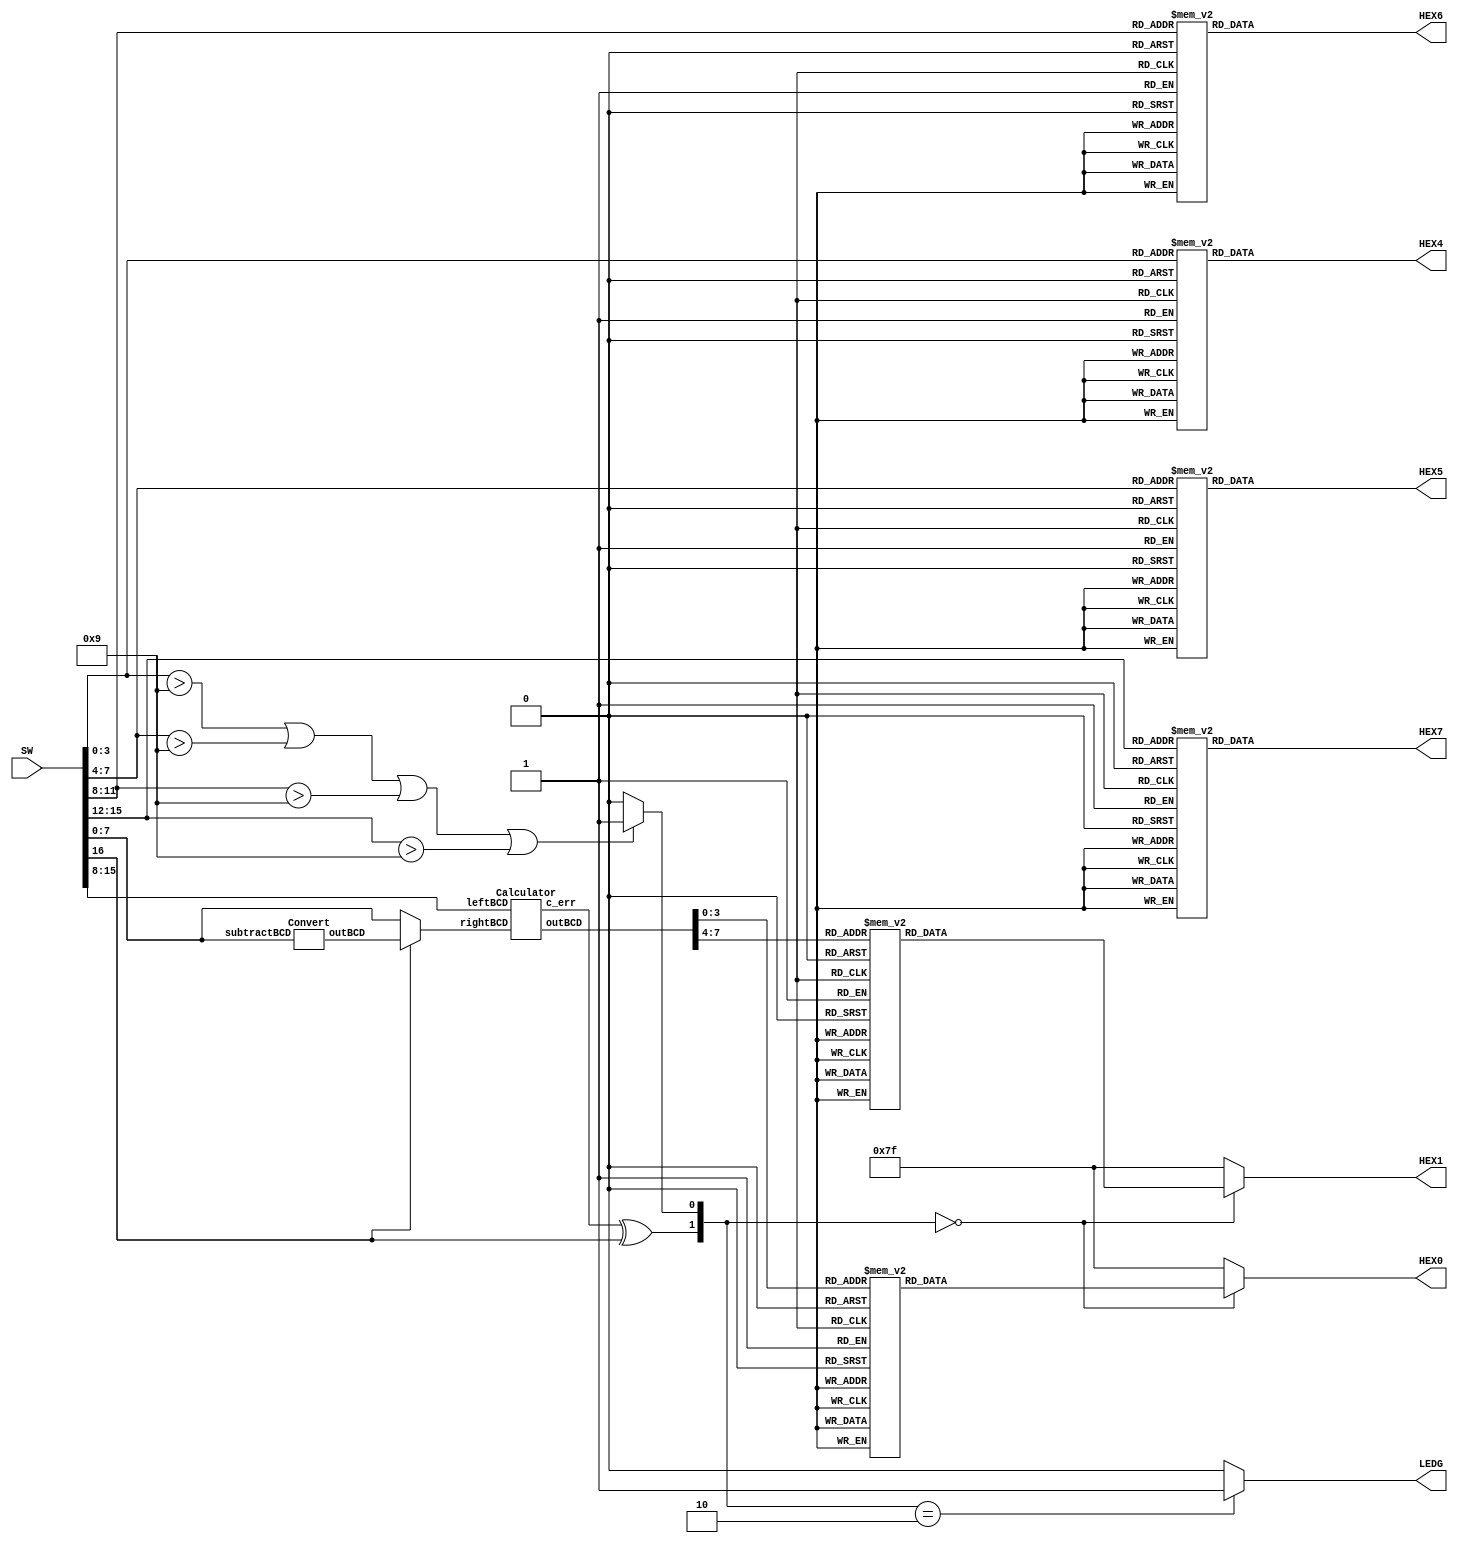
module Term_BCDcal(SW, HEX0, HEX1, HEX4, HEX5, HEX6, HEX7, LEDG);

	input [16:0] SW; // 16: mode select, 15:8: left num, 7:0: right num, 
	output reg [0:6] HEX0, HEX1; // output segment
	output reg [0:6] HEX4, HEX5; // right segment
	output reg [0:6] HEX6, HEX7; // left segment
	output reg [8:8] LEDG; // error
	
	// constant values
	parameter Seg9 = 7'b000_1100; parameter Seg8 = 7'b000_0000; parameter Seg7 = 7'b000_1111; parameter Seg6 = 7'b010_0000; parameter Seg5 = 7'b010_0100;
	parameter Seg4 = 7'b100_1100; parameter Seg3 = 7'b000_0110; parameter Seg2 = 7'b001_0010; parameter Seg1 = 7'b100_1111; parameter Seg0 = 7'b000_0001;
	parameter SegErr = 7'b111_1111;
	
	reg [7:0] left, right; // numbers to calculate
	wire [7:0] out;
	wire [7:0] conv_right;
	wire cal_err; // carry when calculating
	reg num_err; // error of BCD input
	
	Convert conv (conv_right, SW[7:0]);
	Calculator cal (out, left, right, cal_err);
	
	// setting values
	always@(*)
	begin
		left = SW[15:8];
		case(SW[16])
			1'b1: right = conv_right; // if operator is minus, make right number converted
			default: right = SW[7:0];
		endcase
	end
	
	// to detect error of BCD input
	always@(*)
	begin
		if (SW[3:0] > 9 || SW[7:4] > 9 || SW[11:8] > 9 || SW[15:12] > 9)
			num_err = 1'b1;
		else num_err = 1'b0;
	end
	
	// show variables to segment
	always@(*)
	begin
		case({cal_err ^ SW[16], num_err}) // invalid BCD, overflow/underflow detection
			2'b00: begin
				case(out[3:0]) // out segment
					9:HEX0=Seg9;	8:HEX0=Seg8;	7:HEX0=Seg7;	6:HEX0=Seg6;
					5:HEX0=Seg5;	4:HEX0=Seg4;	3:HEX0=Seg3;	2:HEX0=Seg2;			
					1:HEX0=Seg1;	0:HEX0=Seg0;	default: HEX0 = SegErr;
				endcase
				case(out[7:4])
					9:HEX1=Seg9;	8:HEX1=Seg8;	7:HEX1=Seg7;	6:HEX1=Seg6;
					5:HEX1=Seg5;	4:HEX1=Seg4;	3:HEX1=Seg3;	2:HEX1=Seg2;			
					1:HEX1=Seg1;	0:HEX1=Seg0;	default: HEX1 = SegErr;
				endcase
				LEDG[8] = 1'b0;
			end
			2'b10: begin // overflow/underflow error
				HEX0 = SegErr;
				HEX1 = SegErr;
				LEDG[8] = 1'b1;
			end
			default: begin // invalid BCD error
				HEX0 = SegErr;
				HEX1 = SegErr;
				LEDG[8] = 1'b0;
			end
		endcase
		case(SW[3:0]) // right segment
			9:HEX4=Seg9;    8:HEX4=Seg8;	7:HEX4=Seg7;	6:HEX4=Seg6;
			5:HEX4=Seg5;	4:HEX4=Seg4;	3:HEX4=Seg3;	2:HEX4=Seg2;
			1:HEX4=Seg1;	0:HEX4=Seg0;  	default: HEX4 = SegErr;
		endcase
		case(SW[7:4])
			9:HEX5=Seg9;	8:HEX5=Seg8;	7:HEX5=Seg7;	6:HEX5=Seg6;
			5:HEX5=Seg5;	4:HEX5=Seg4;	3:HEX5=Seg3;	2:HEX5=Seg2;
			1:HEX5=Seg1;	0:HEX5=Seg0;	default: HEX5 = SegErr;
		endcase
		case(SW[11:8]) // left segment
			9:HEX6=Seg9;	8:HEX6=Seg8;	7:HEX6=Seg7;	6:HEX6=Seg6;
			5:HEX6=Seg5;	4:HEX6=Seg4;	3:HEX6=Seg3;	2:HEX6=Seg2;			
			1:HEX6=Seg1;	0:HEX6=Seg0;	default: HEX6 = SegErr;
		endcase
		case(SW[15:12])
			9:HEX7=Seg9;	8:HEX7=Seg8;	7:HEX7=Seg7;	6:HEX7=Seg6;
			5:HEX7=Seg5;	4:HEX7=Seg4;	3:HEX7=Seg3;	2:HEX7=Seg2;			
			1:HEX7=Seg1;	0:HEX7=Seg0;	default: HEX7 = SegErr;
		endcase
	end
	
endmodule

// calculate whatever it is
module Calculator(outBCD, leftBCD, rightBCD, c_err);

	input [7:0] leftBCD, rightBCD;
	output [7:0] outBCD;
	output wire c_err; // if this is 1'b1, return overflow/underflow error
	wire c_out0;
	
	Full_Adder fulladd1(outBCD[3:0], c_out0, leftBCD[3:0], rightBCD[3:0], 1'b0);
	Full_Adder fulladd2(outBCD[7:4], c_err, leftBCD[7:4], rightBCD[7:4], c_out0);
	
endmodule

// 4 bit adder
module Full_Adder(sumBCD, c_out, leftBCD, rightBCD, c_in);

	input [3:0] leftBCD, rightBCD;
	input c_in;
	output reg [3:0] sumBCD;
	output reg c_out;
	wire [3:0] car; // carry
	wire [3:0] temp_out;
	
	assign temp_out[0] = leftBCD[0] ^ rightBCD[0] ^ c_in;
	assign car[0] = ((leftBCD[0] ^ rightBCD[0]) & c_in) | (leftBCD[0] & rightBCD[0]);
	
	assign temp_out[1] = leftBCD[1] ^ rightBCD[1] ^ car[0];
	assign car[1] = ((leftBCD[1] ^ rightBCD[1]) & car[0]) | (leftBCD[1] & rightBCD[1]);
	
	assign temp_out[2] = leftBCD[2] ^ rightBCD[2] ^ car[1];
	assign car[2] = ((leftBCD[2] ^ rightBCD[2]) & car[1]) | (leftBCD[2] & rightBCD[2]);
	
	assign temp_out[3] = leftBCD[3] ^ rightBCD[3] ^ car[2];
	assign car[3] = ((leftBCD[3] ^ rightBCD[3]) & car[2]) | (leftBCD[3] & rightBCD[3]);
	
	always@(*)
	begin
		if (car[3] == 0) begin
			case(temp_out)
				4'b1010: begin // 10
					sumBCD = 4'b0000;
					c_out = 1'b1;
					end
				4'b1011: begin // 11
					sumBCD = 4'b0001;
					c_out = 1'b1;
					end
				4'b1100: begin // 12
					sumBCD = 4'b0010;
					c_out = 1'b1;
					end
				4'b1101: begin // 13
					sumBCD = 4'b0011;
					c_out = 1'b1;
					end
				4'b1110: begin // 14
					sumBCD = 4'b0100;
					c_out = 1'b1;
					end
				4'b1111: begin // 15
					sumBCD = 4'b0101;
					c_out = 1'b1;
					end
				default: begin // 0~9
					sumBCD = temp_out;
					c_out = car[3];
					end
			endcase
		end
		else begin
			case(temp_out)
				4'b0000: sumBCD = 4'b0110; // 16
				4'b0001: sumBCD = 4'b0111; // 17
				4'b0010: sumBCD = 4'b1000; // 18
				4'b0011: sumBCD = 4'b1001; // 19
				default: sumBCD = 4'b0000; // except
			endcase
			c_out = 1'b1;
		end
	end
	
endmodule

// get 9's and 10's complement of subtractBCD
module Convert(outBCD, subtractBCD);

	input [7:0] subtractBCD;
	wire [7:0] convertedBCD;
	output wire [7:0] outBCD;
	wire out;
	
	// 9's complement
	assign convertedBCD[7] = ~subtractBCD[7] & ~subtractBCD[6] & ~subtractBCD[5]; 
	assign convertedBCD[6] = subtractBCD[6] ^ subtractBCD[5];
	assign convertedBCD[5] = subtractBCD[5];
	assign convertedBCD[4] = ~subtractBCD[4];
	// 10's complement
	assign convertedBCD[3] = (~subtractBCD[3] & ~subtractBCD[2]) & ( ~subtractBCD[1] | ~subtractBCD[0] );
	assign convertedBCD[2] = (subtractBCD[2] & ~subtractBCD[1]) | (~subtractBCD[2] & subtractBCD[1] & subtractBCD[0]) | (subtractBCD[2] & subtractBCD[1] & ~subtractBCD[0]);
	assign convertedBCD[1] = (subtractBCD[1] & subtractBCD[0]) | (~subtractBCD[1] & ~subtractBCD[0]);
	assign convertedBCD[0] = subtractBCD[0];
	
	assign outBCD = convertedBCD;
	
endmodule